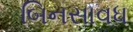
બિનસાવધ